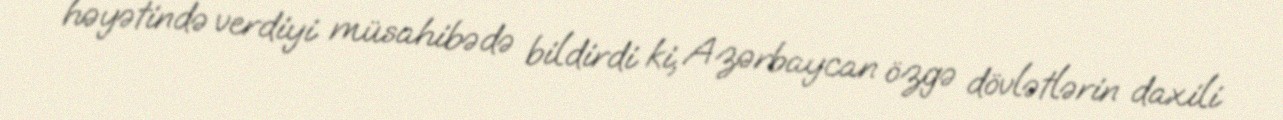
həyətində verdiyi müsahibədə bildirdi ki, Azərbaycan özgə dövlətlərin daxili